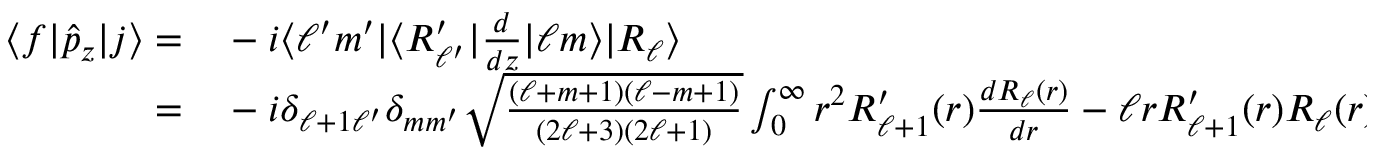
\begin{array} { r l } { \langle f | \hat { p } _ { z } | j \rangle = } & { { } - i \langle \ell ^ { \prime } m ^ { \prime } | \langle R _ { \ell ^ { \prime } } ^ { \prime } | \frac { d } { d z } | \ell m \rangle | R _ { \ell } \rangle } \\ { = } & { { } - i \delta _ { \ell + 1 \ell ^ { \prime } } \delta _ { m m ^ { \prime } } \sqrt { \frac { ( \ell + m + 1 ) ( \ell - m + 1 ) } { ( 2 \ell + 3 ) ( 2 \ell + 1 ) } } \int _ { 0 } ^ { \infty } r ^ { 2 } R _ { \ell + 1 } ^ { \prime } ( r ) \frac { d R _ { \ell } ( r ) } { d r } - \ell r R _ { \ell + 1 } ^ { \prime } ( r ) R _ { \ell } ( r ) d r } \end{array}